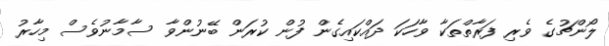
ލޯންޗުގެ ވެރި ފަރާތްތަކާ ވާހަކަ ދައްކައިގެން ފުން ކުރަން ބޭނުންވާ ސާމާނުވެސް މިހާރު